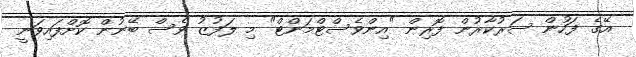
އޭގެ ފަހުން ސަރުކާރުން ފޮރިން "އިންވެސްޓްމަންޓް" މި ލަފުޒު ވެސް ބޭނުން ކޮށްފައިވަނީ